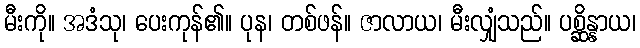
မီးကို။ အဒံသု၊ ပေးကုန်၏။ ပုန၊ တစ်ဖန်။ ဇာလာယ၊ မီးလျှံသည်။ ပစ္ဆိန္နာယ၊